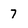
Character: 7